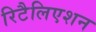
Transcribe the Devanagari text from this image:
रिटैलिएशन